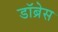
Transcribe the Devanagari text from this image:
डॉब्रेस